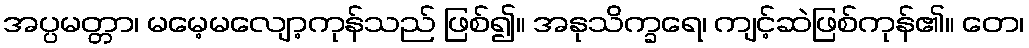
အပ္ပမတ္တာ၊ မမေ့မလျော့ကုန်သည် ဖြစ်၍။ အနုသိက္ခရေ၊ ကျင့်ဆဲဖြစ်ကုန်၏။ တေ၊